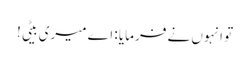
تو انہوں نے فرمایا : اے میری بیٹی!